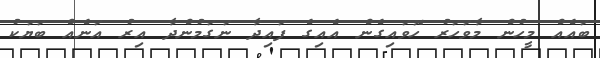
ބައެއް މީހުން މާވަހަރު ހޮވައިގެން އެއިގެ ފައިދާ ނަގަމުންދާ އިރު އަނެއް ބަޔަކު